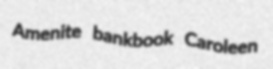
Amenite bankbook Caroleen